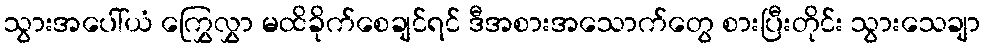
သွားအပေါ်ယံ ကြွှေလွှာ မထိခိုက်စေချင်ရင် ဒီအစားအသောက်တွေ စားပြီးတိုင်း သွားသေချာ